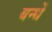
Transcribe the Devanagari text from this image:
बन्धें